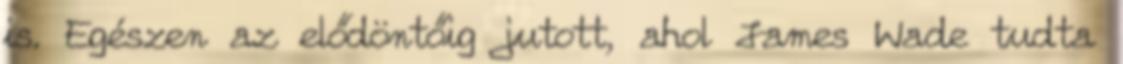
is. Egészen az elődöntőig jutott, ahol James Wade tudta